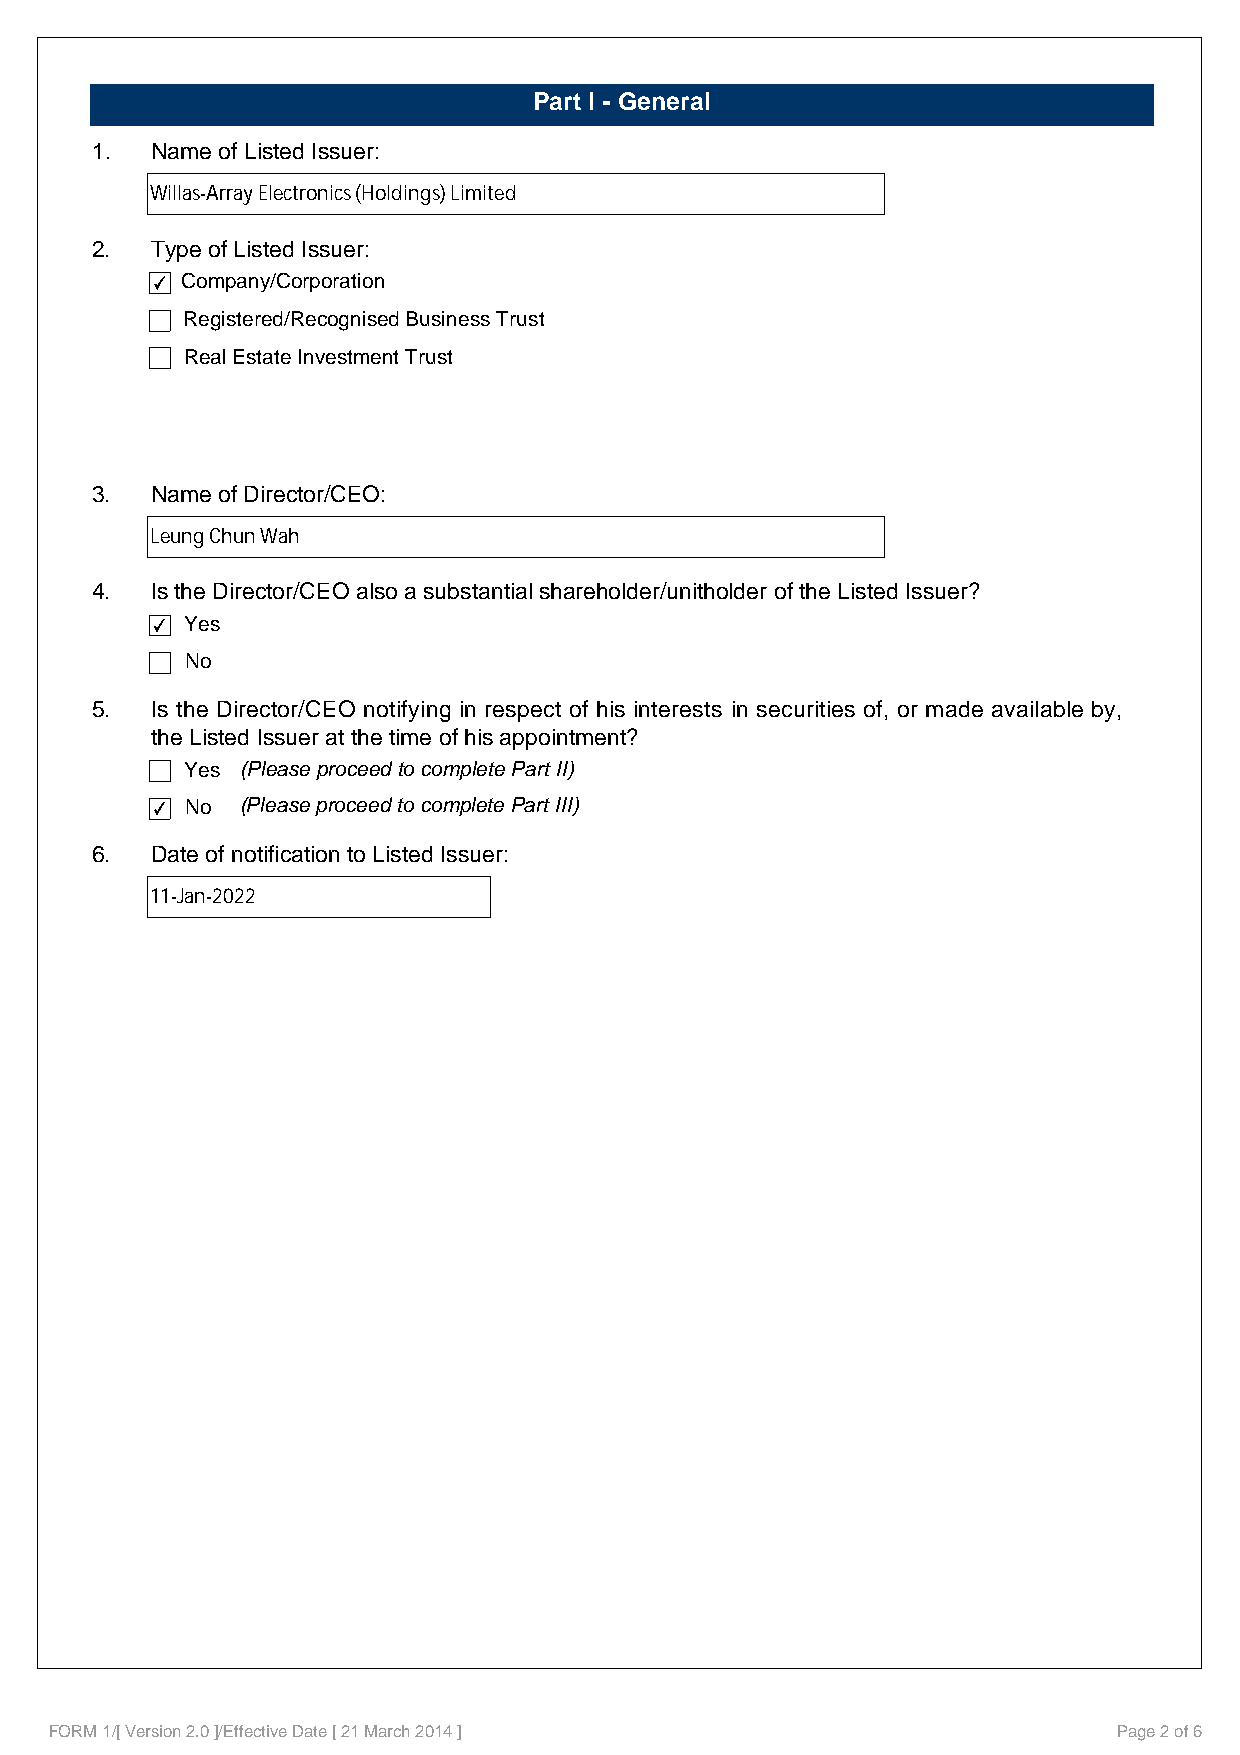
Part I - General
 1.  Name of Listed Issuer:
 Willas-Array Electronics (Holdings) Limited
 2.  Type of Listed Issuer:
 Company/Corporation
 Registered/Recognised Business Trust
 Real Estate Investment Trust
 3.  Name of Director/CEO:
 Leung Chun Wah
 4.  Is the Director/CEO also a substantial shareholder/unitholder of the Listed Issuer?
 Yes
 No
 5.  Is the Director/CEO notifying in respect of his interests in securities of, or made available by,
 the Listed Issuer at the time of his appointment?
 Yes (Please proceed to complete Part II)
 No  (Please proceed to complete Part III)
 6.  Date of notification to Listed Issuer:
 11-Jan-2022
 FORM 1/[ Version 2.0 ]/Effective Date [ 21 March 2014 ]                Page 2 of 6